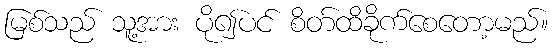
မြစ်သည် သူ့အား ပို၍ပင် စိတ်ထိခိုက်စေတော့မည်။